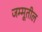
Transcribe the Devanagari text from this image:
जम्मूतील